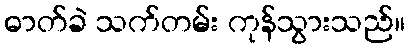
ဓာတ်ခဲ သက်တမ်း ကုန်သွားသည်။